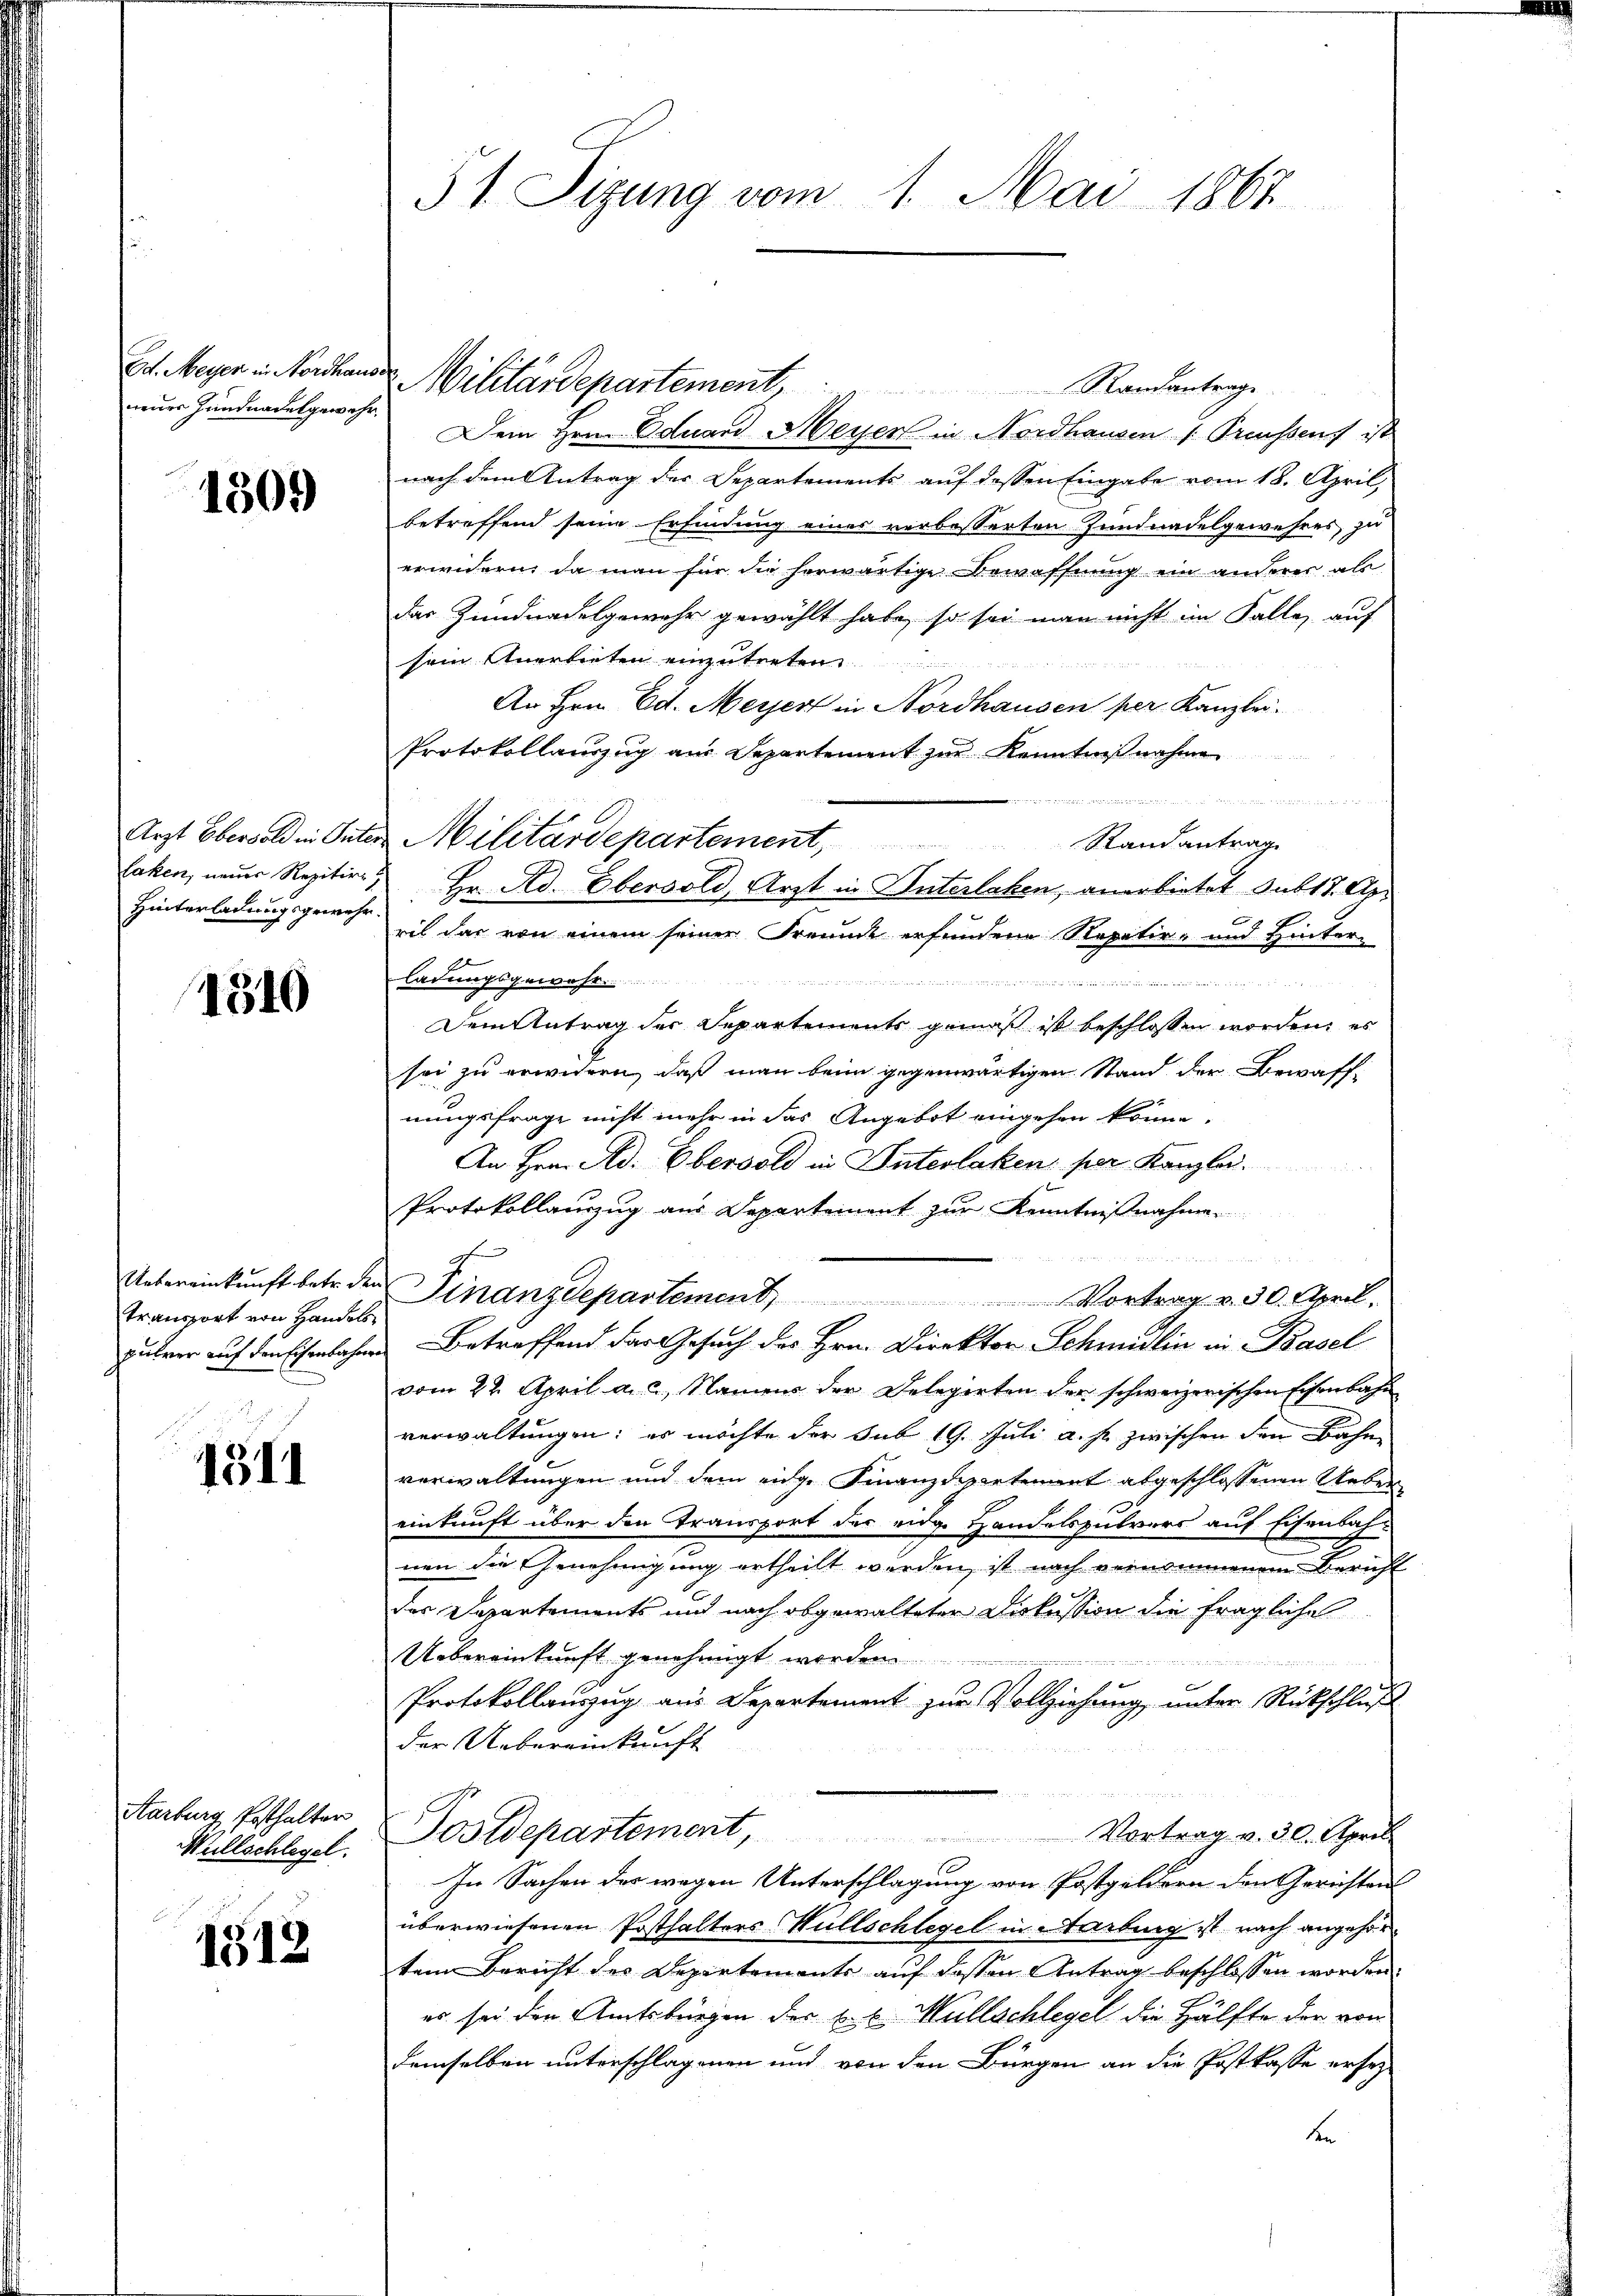
neuer Hundnadelgewehr.

1309

Arzt Eberold in Orte.
laken, neuer Rezitir
Hinterladungsgewehr

1540

Transport von Handels
u

1311

Harburg, Enthalter
Müllschlegel.

1512

31 Sizung vom 1. Mai 1867

Et Meyer in Vorhandes Militärdepartement, Randantrage
Dem Hrn. Eduard Meyen in Nordhausen (Preussens ist
nach dem Antrag des Departements auf dessen Eingabe vom 18. April,
betreffend seine Erfindung eines verbesserten Jundnadelgewehres zu
erwidern, da man für die herwärtige Bewaffnung ein anderer als
das Zundnadelgewehr gewählt habe, so sei man nicht im Falle, auf
sein Anerbieten einzutreten

An Hrn. Ed. Meyer in Nordhausen per Kanzlei.
Protokollauszug aus Departement zur Kenntnißnahmen
n
 Hr. Ad. Obersold, Arzt in Unterlaken, anerbietet sub 17. Apr
ril dar von einem seiner Freunde erfundene Repetir- und Hinter-
ladungsgewahr.
 Mein

Dem Antrag der Departements gemäß ist beschlossen worden, es
sei zu erwidern, daß man beim gegenwärtigen Stand der Bewaffnungsfrage nicht mehr in das Angebot eingehen könne.
An Hrn. Ad. Eberold in Interlaken per Kanzlei.
Protokollanzug aus Departement zur Kenntnißnahme

Uebereinkunft betr. den Finanzdepartement
Vortrag v. 30. April.
pührer auf den sehenbahnen Betreffend der Gesuch des Hrn. Direktor Schmidlin in Basel
vom 22. April a. a., Namens der Delegirten der schweizerischen Eisenbahn
verwaltungen; er möchte der Sub 19. Juli a. s. zwischen den Bahn
verwaltungen und dem eidge Finanzdepartement abgeschlossenen Neben
einkunft über den Transport der eidge Handelspulvers auf Eisenbahnen die Genehmigung ertheilt werden, ist nach vernommenem Bericht
des Departements und nach abgewalteter Diskussion die fragliche
Uebereinkunft genehmigt worden
r
 x
Protokollauszug aus Departement zur Vollziehung, unter Rückschluß
der Uebereinkunft
Postdepartement,
Vortrag v. 30. April
In Sachen des wegen Unterschlagung von Postgeldern den Gerichtens
überwiesenen Posthalters Wüllschlegel in Aarbung ist nach angehör
ten Bericht des Departements auf dessen Antrag beschlossen worden.
es sei den Amtsbürgen der k. k. Müllschlegel die Hälfte der von
demselben unterschlagenen und von den Bürgen an die Postkasse ersey
be

Militärdepartement, Stand antrage